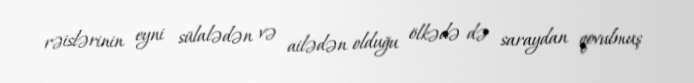
rəislərinin eyni sülalədən və ailədən olduğu ölkədə də saraydan qovulmuş